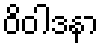
ဝိဝါဒနာ